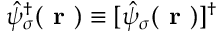
\hat { \psi } _ { \sigma } ^ { \dagger } ( \textbf { r } ) \equiv [ \hat { \psi } _ { \sigma } ( \textbf { r } ) ] ^ { \dagger }